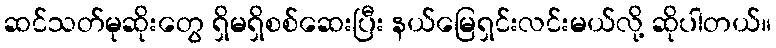
ဆင်သတ်မုဆိုးတွေ ရှိမရှိစစ်ဆေးပြီး နယ်မြေရှင်းလင်းမယ်လို့ ဆိုပါတယ်။